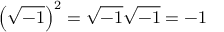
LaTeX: \left( { \sqrt { - 1 } } \right) ^ { 2 } = { \sqrt { - 1 } } { \sqrt { - 1 } } = - 1